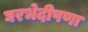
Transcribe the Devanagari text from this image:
घरभेदीपणा